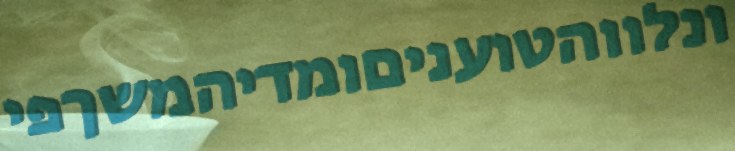
ונלווהטועניםומדיהמשךפי